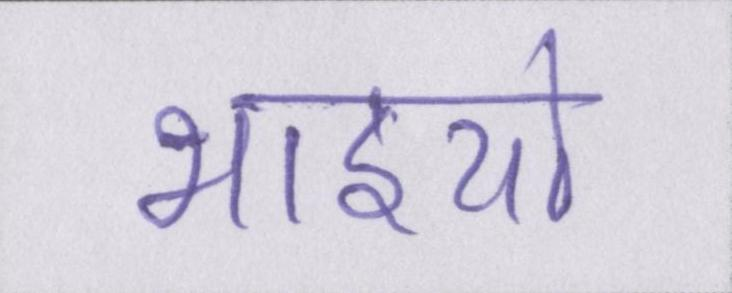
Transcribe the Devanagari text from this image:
भाइयो